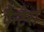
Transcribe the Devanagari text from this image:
पैन्टेरा